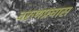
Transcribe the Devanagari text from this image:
वरुणप्रघास